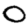
Digit: 0